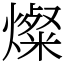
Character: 燦